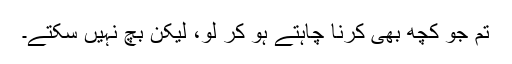
تم جو کچھ بھی کرنا چاہتے ہو کر لو، لیکن بچ نہیں سکتے۔